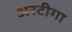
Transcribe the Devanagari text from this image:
अरटीगा